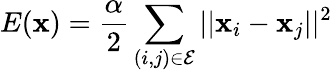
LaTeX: E(\mathbf{x})=\frac{\alpha}{2}\sum_{(i,j)\in\mathcal{E}}||\mathbf{x}_{i}-\mathbf{x}_{j}||^{2}